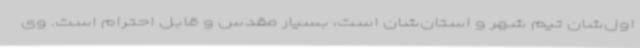
اول‌شان تیم شهر و استان‌شان است، بسیار مقدس و قابل احترام است. ‌وی